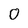
Character: 0